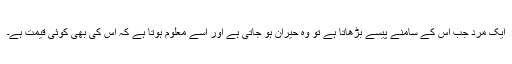
ایک مرد جب اس کے سامنے پیسے بڑھاتا ہے تو وہ حیران ہو جاتی ہے اور اسے معلوم ہوتا ہے کہ اس کی بھی کوئی قیمت ہے۔